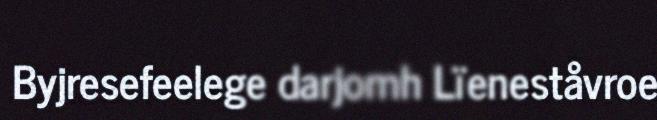
Byjresefeelege darjomh Lïeneståvroe